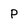
Character: p